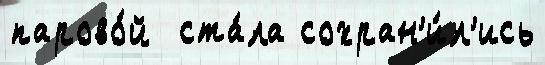
парово́й  ста́ла сохран'и́л'ись